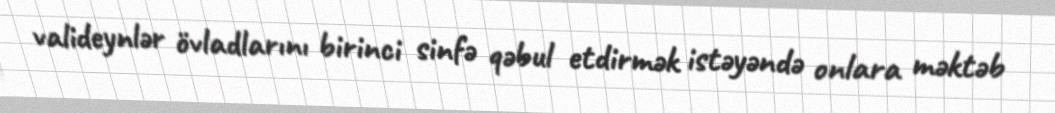
valideynlər övladlarını birinci sinfə qəbul etdirmək istəyəndə onlara məktəb